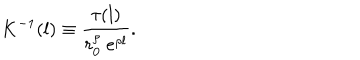
K ^ { - 1 } ( l ) \equiv \frac { \tau ( l ) } { r _ { 0 } ^ { \rho } ~ e ^ { \rho l } } .